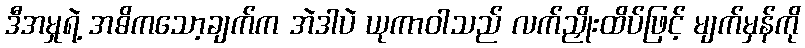
ဒီအမှုရဲ့ အဓိကသော့ချက်က အဲဒါပဲ ယုကာဝါသည် လက်ညှိုးထိပ်ဖြင့် မျက်မှန်ကို